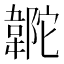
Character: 𩎼